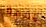
قضمة